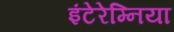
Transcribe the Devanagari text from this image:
इंटेरेम्निया